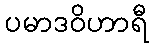
ပမာဒဝိဟာရီ